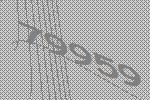
79959